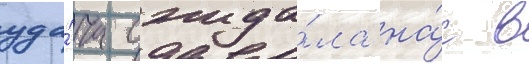
уда́ча ожида́ла на́с в